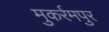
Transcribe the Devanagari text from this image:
मुकर्रमपुर